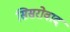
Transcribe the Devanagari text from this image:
सिसरोवाद